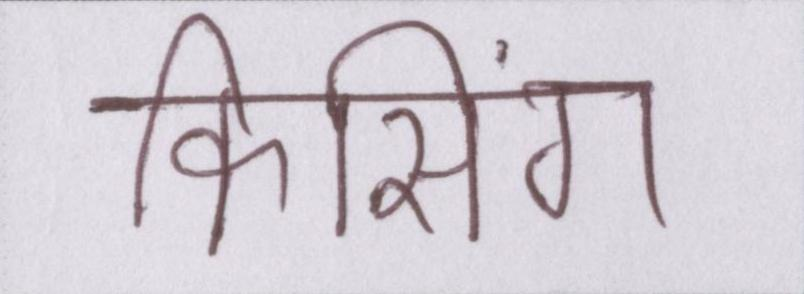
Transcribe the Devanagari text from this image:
किसिंग